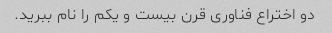
دو اختراع فناوری قرن بیست و یکم را نام ببرید.